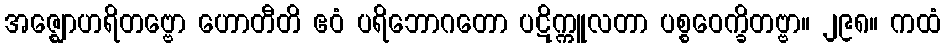
အဇ္ဈောဟရိတဗ္ဗော ဟောတီတိ ဧဝံ ပရိဘောဂတော ပဋိက္ကူလတာ ပစ္စဝေက္ခိတဗ္ဗာ။ ၂၉၈။ ကထံ